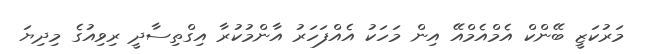
މަރުކަޒީ ބޭންކް އެމްއެމްއޭ އިން މަހަކު އެއްފަހަރު އާންމުކުރާ އިގްތިސާދީ ރިވިއުގެ މިދިޔަ